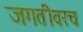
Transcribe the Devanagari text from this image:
जगतीवरच